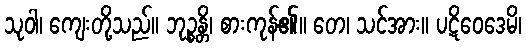
သုဝါ၊ ကျေးတို့သည်။ ဘုဉ္စန္တိ၊ စားကုန်၏။ တေ၊ သင်အား။ ပဋိဝေဒေမိ၊